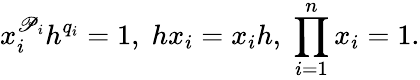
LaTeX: x_{i}^{\mathscr{P}_{i}}h^{q_{i}}=1,\; hx_{i}=x_{i}h,\; \prod_{i=1}^{n}x_{i}=1.